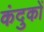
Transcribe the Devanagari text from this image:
कंदुकों